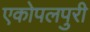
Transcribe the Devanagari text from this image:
एकोपलपुरी